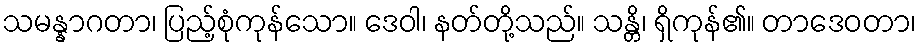
သမန္နာဂတာ၊ ပြည့်စုံကုန်သော။ ဒေဝါ၊ နတ်တို့သည်။ သန္တိ၊ ရှိကုန်၏။ တာဒေဝတာ၊